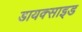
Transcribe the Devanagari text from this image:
डायक्साइड